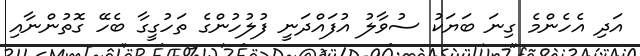
އަދި އެހެންމެ ގިނަ ބަޔަކު ސުވާލު އުފައްދަނީ ފުލުހުންގެ ތަހުގީގާ ބެހޭ ގޮތުންނާއި